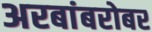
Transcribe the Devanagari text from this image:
अरबांबरोबर